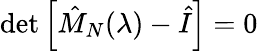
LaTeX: \begin{array}{r}{\operatorname*{det}\left[\hat{M}_{N}(\lambda)-\hat{I}\right]=0}\end{array}